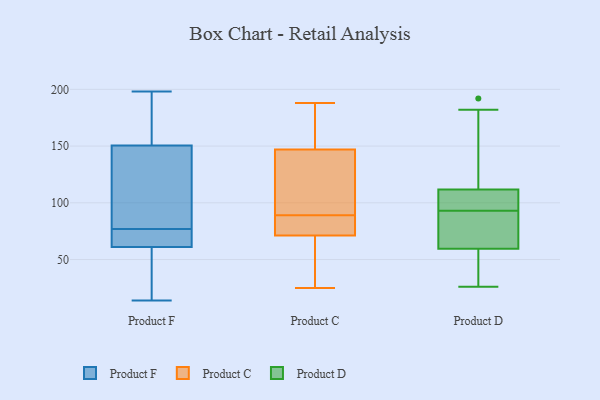
{"axis": {"x": "Satisfaction Score", "y": "Value"}, "legend": ["Product C", "Product D", "Product F"], "data": [{"x": "", "y": 198, "type": "Product F"}, {"x": "", "y": 82, "type": "Product F"}, {"x": "", "y": 14, "type": "Product F"}, {"x": "", "y": 60, "type": "Product F"}, {"x": "", "y": 72, "type": "Product F"}, {"x": "", "y": 58, "type": "Product F"}, {"x": "", "y": 152, "type": "Product F"}, {"x": "", "y": 138, "type": "Product F"}, {"x": "", "y": 53, "type": "Product F"}, {"x": "", "y": 72, "type": "Product F"}, {"x": "", "y": 70, "type": "Product F"}, {"x": "", "y": 149, "type": "Product F"}, {"x": "", "y": 177, "type": "Product F"}, {"x": "", "y": 98, "type": "Product F"}, {"x": "", "y": 186, "type": "Product F"}, {"x": "", "y": 86, "type": "Product F"}, {"x": "", "y": 68, "type": "Product F"}, {"x": "", "y": 18, "type": "Product F"}, {"x": "", "y": 171, "type": "Product F"}, {"x": "", "y": 62, "type": "Product F"}, {"x": "", "y": 188, "type": "Product C"}, {"x": "", "y": 88, "type": "Product C"}, {"x": "", "y": 182, "type": "Product C"}, {"x": "", "y": 144, "type": "Product C"}, {"x": "", "y": 181, "type": "Product C"}, {"x": "", "y": 25, "type": "Product C"}, {"x": "", "y": 122, "type": "Product C"}, {"x": "", "y": 89, "type": "Product C"}, {"x": "", "y": 33, "type": "Product C"}, {"x": "", "y": 100, "type": "Product C"}, {"x": "", "y": 119, "type": "Product C"}, {"x": "", "y": 45, "type": "Product C"}, {"x": "", "y": 80, "type": "Product C"}, {"x": "", "y": 156, "type": "Product C"}, {"x": "", "y": 80, "type": "Product C"}, {"x": "", "y": 83, "type": "Product C"}, {"x": "", "y": 31, "type": "Product C"}, {"x": "", "y": 111, "type": "Product D"}, {"x": "", "y": 112, "type": "Product D"}, {"x": "", "y": 182, "type": "Product D"}, {"x": "", "y": 26, "type": "Product D"}, {"x": "", "y": 192, "type": "Product D"}, {"x": "", "y": 79, "type": "Product D"}, {"x": "", "y": 93, "type": "Product D"}, {"x": "", "y": 106, "type": "Product D"}, {"x": "", "y": 85, "type": "Product D"}, {"x": "", "y": 53, "type": "Product D"}, {"x": "", "y": 52, "type": "Product D"}]}